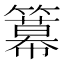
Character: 𥵵